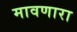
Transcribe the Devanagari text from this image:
मावणारा